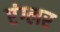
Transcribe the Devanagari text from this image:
एंग्लर